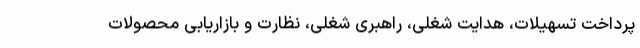
پرداخت تسهیلات، هدایت شغلی، راهبری شغلی، نظارت و بازاریابی محصولات